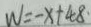
W = - x + 4 8